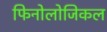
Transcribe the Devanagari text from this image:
फिनोलोजिकल